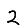
Digit: 2